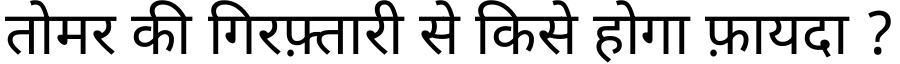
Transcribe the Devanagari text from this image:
तोमर की गिरफ़्तारी से किसे होगा फ़ायदा ?